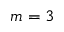
m = 3